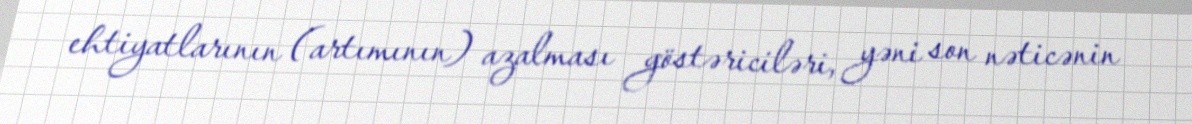
ehtiyatlarının (artımının) azalması göstəriciləri, yəni son nəticənin